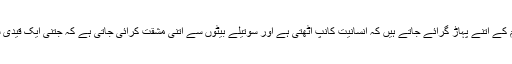
ننھی معصوم بیٹیوں پر ظلم کے اتنے پہاڑ گرائے جاتے ہیں کہ انسانیت کانپ اٹھتی ہے اور سوتیلے بیٹوں سے اتنی مشقت کرائی جاتی ہے کہ جتنی ایک قیدی سے بھی نہیں کرائی جاتی۔